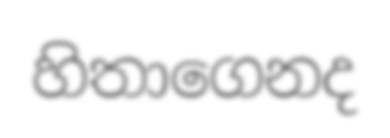
හිතාගෙනද